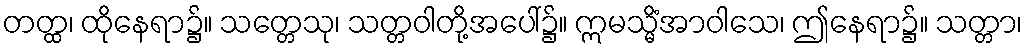
တတ္ထ၊ ထိုနေရာ၌။ သတ္တေသု၊ သတ္တဝါတို့အပေါ်၌။ ဣမသ္မိံအာဝါသေ၊ ဤနေရာ၌။ သတ္တာ၊